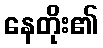
နေတိုး၏